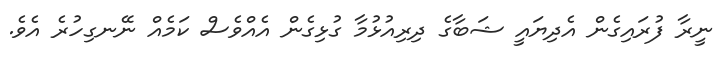
ނީރާ ފުރައިގެން އެދިޔައީ ޝަބާގެ ދިރިއުޅުމާ ގުޅިގެން އެއްވެސް ކަމެއް ނޭނގިހުރެ އެވެ.